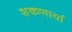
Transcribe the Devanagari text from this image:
शकणार्या